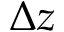
\Delta z